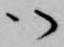
御